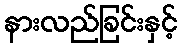
နားလည်ခြင်းနှင့်